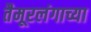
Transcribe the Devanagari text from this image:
तैमूरलंगाच्या